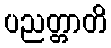
ပညတ္တာတိ